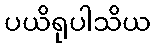
ပယိရုပါသိယ